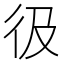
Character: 彶